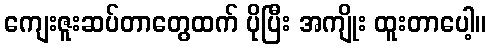
ကျေးဇူးဆပ်တာတွေထက် ပိုပြီး အကျိုး ထူးတာပေါ့။